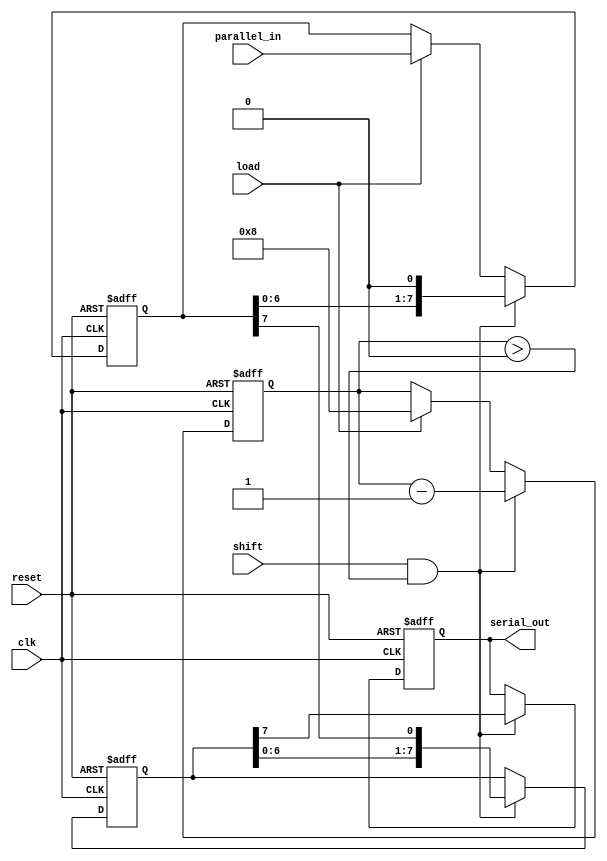
module TwoStagePISO #(
    parameter N = 8  // Width of the data
)(
    input wire [N-1:0] parallel_in, // Parallel input data
    input wire load,                 // Load control signal
    input wire shift,                // Shift control signal
    input wire clk,                  // Clock signal
    input wire reset,                // Asynchronous reset signal
    output reg serial_out            // Serial output
);

    // Internal registers for the two stages
    reg [N-1:0] input_stage;         // Input stage register
    reg [N-1:0] intermediate_stage;   // Intermediate stage register
    reg [3:0] bit_count;             // Counter for the number of bits shifted out

    // Asynchronous reset
    always @(posedge clk or posedge reset) begin
        if (reset) begin
            input_stage <= 0;
            intermediate_stage <= 0;
            serial_out <= 0;
            bit_count <= 0;
        end else begin
            // Load data into the input stage
            if (load) begin
                input_stage <= parallel_in;
                bit_count <= N; // Set bit count to N when loading
            end
            
            // Shift operation
            if (shift && bit_count > 0) begin
                // Shift data from input stage to intermediate stage
                intermediate_stage <= {intermediate_stage[N-2:0], input_stage[N-1]};
                serial_out <= intermediate_stage[N-1]; // Output the MSB of intermediate stage
                input_stage <= {input_stage[N-2:0], 1'b0}; // Shift input stage
                bit_count <= bit_count - 1; // Decrement bit count
            end
        end
    end

endmodule